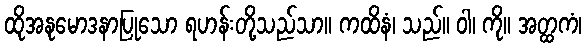
ထိုအနုမောဒနာပြုသော ရဟန်းတို့သည်သာ။ ကထိနံ၊ သည်။ ဝါ၊ ကို။ အတ္ထကံ၊